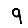
Digit: 9